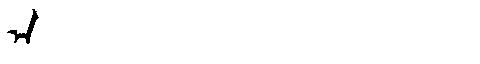
Manchu: ᠠ
Romanization: A